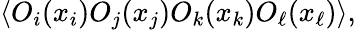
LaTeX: \langle O_{i}(x_{i})O_{j}(x_{j})O_{k}(x_{k})O_{\ell}(x_{\ell})\rangle,